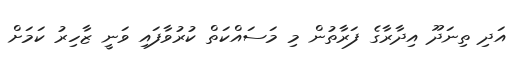
އަދި ތިނަދޫ އިދާރާގެ ފަރާތުން މި މަސައްކަތް ކުރުވާފައި ވަނީ ޒާހިރު ކަމަށް